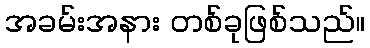
အခမ်းအနား တစ်ခုဖြစ်သည်။